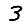
Digit: 3